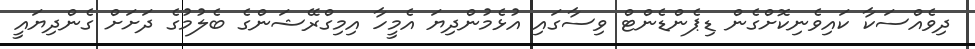
ދިވެއްސަކާ ކައިވެނިކޮށްގެން ޑިޕެންޑެންޓް ވިސާގައި އުޅެމުންދިޔަ އެމީހާ އިމިގްރޭޝަންގެ ބެލުމުގެ ދަށަށް ގެންދިޔައީ